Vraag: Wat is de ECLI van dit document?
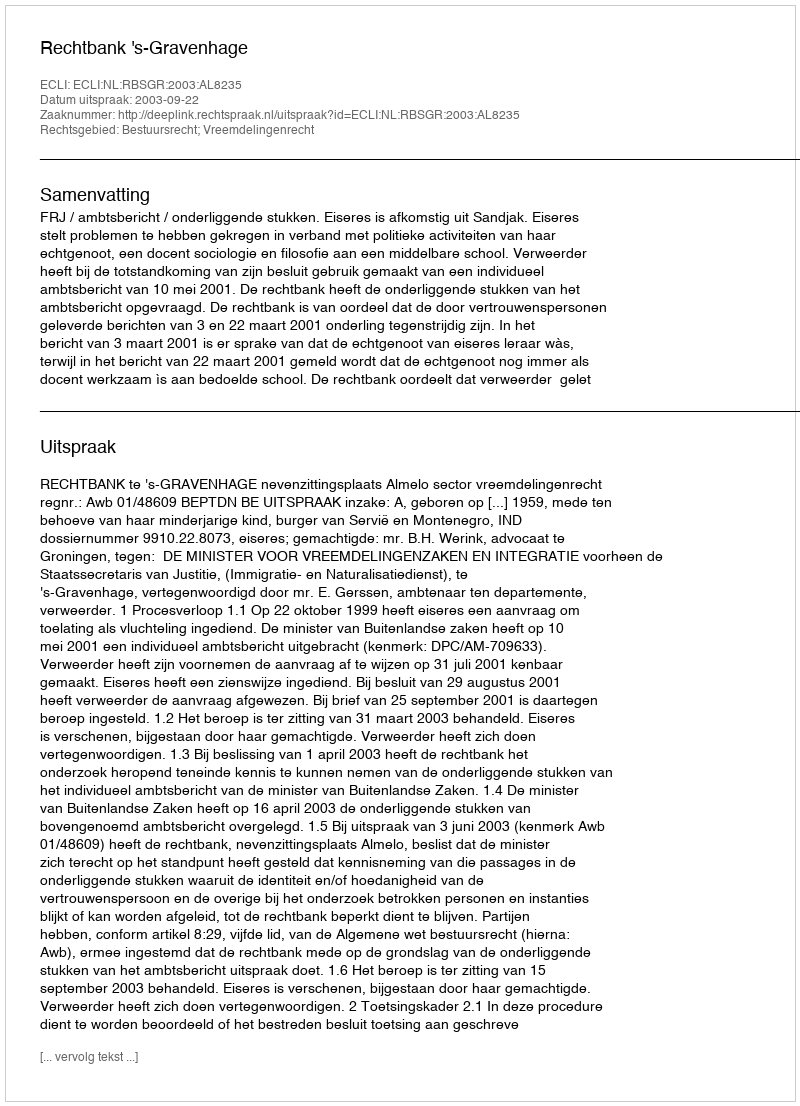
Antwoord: ECLI:NL:RBSGR:2003:AL8235